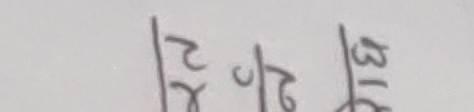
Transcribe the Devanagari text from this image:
२  ३
४  ८